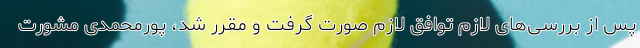
پس از بررسی‌های لازم توافق لازم صورت گرفت و مقرر شد، پورمحمدی مشورت